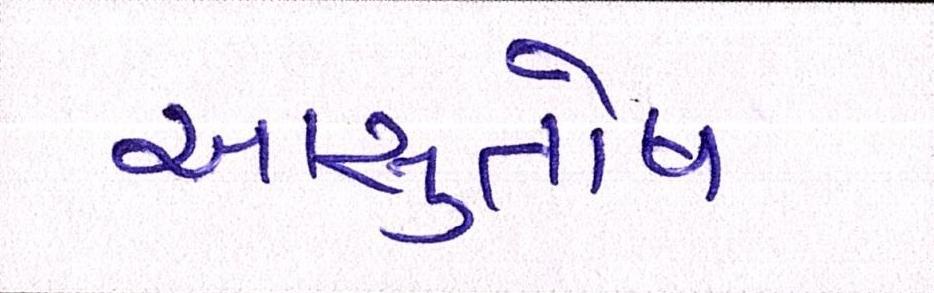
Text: આસુતોષ